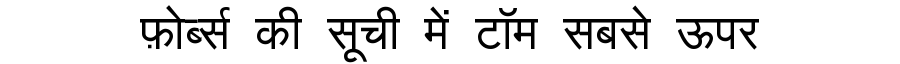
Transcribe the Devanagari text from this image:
फ़ोर्ब्स की सूची में टॉम सबसे ऊपर